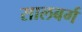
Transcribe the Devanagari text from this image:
सालबर्ग